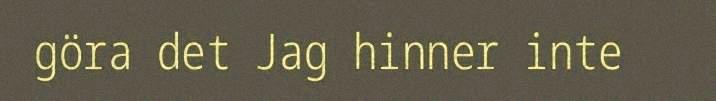
göra det Jag hinner inte